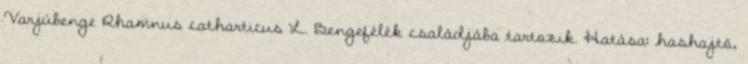
Varjúbenge Rhamnus catharticus L. Bengefélék családjába tartozik. Hatása: hashajtó,